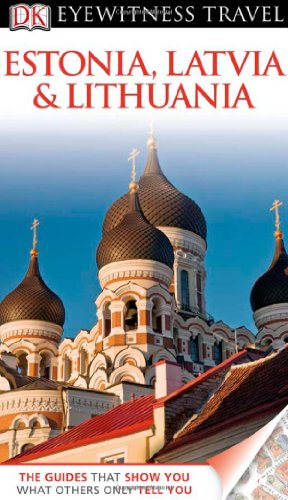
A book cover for Estonia, Latvia & Lithuania. Howard Jarvis ... [Et Al.] (DK Eyewitness Travel Guide); Howard Jarvis; Travel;